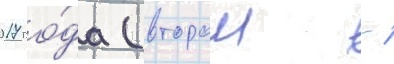
2017 го́да (второи -